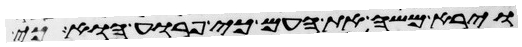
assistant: וירא משה את העם כי פרוע הוא כי